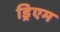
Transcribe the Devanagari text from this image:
ड्रिएम